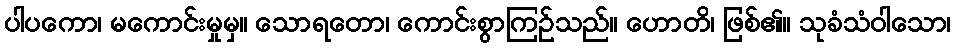
ပါပကော၊ မကောင်းမှုမှ။ သောရတော၊ ကောင်းစွာကြဉ်သည်။ ဟောတိ၊ ဖြစ်၏။ သုခံသံဝါသော၊